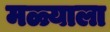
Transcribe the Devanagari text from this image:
मळ्याला